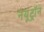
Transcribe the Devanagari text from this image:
नयूट्रॉन